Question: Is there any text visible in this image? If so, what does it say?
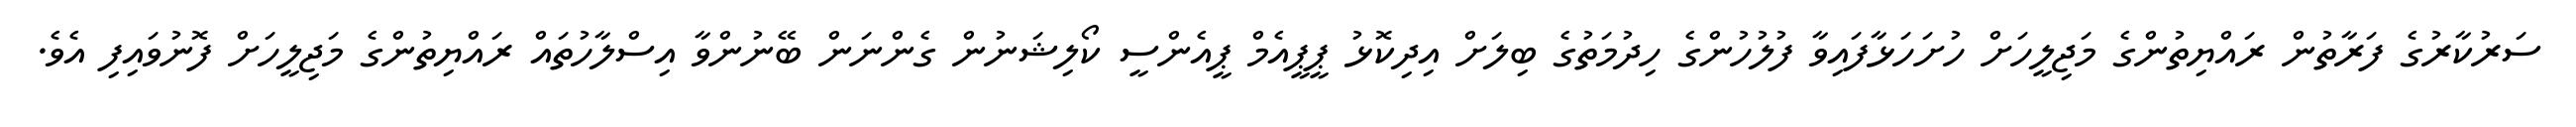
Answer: ސަރުކާރުގެ ފަރާތުން ރައްޔިތުންގެ މަޖިލީހަށް ހުށަހަޅާފައިވާ ފުލުހުންގެ ހިދުމަތުގެ ބިލަށް އިދިކޮޅު ޕީޕީއެމް ޕީއެންސީ ކޯލިޝަނުން ގެންނަން ބޭނުންވާ އިސްލާހުތައް ރައްޔިތުންގެ މަޖިލީހަށް ފޮނުވައިފި އެވެ.